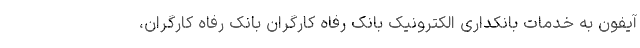
آیفون به خدمات بانکداری الکترونیک بانک رفاه کارگران بانک رفاه کارگران،